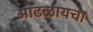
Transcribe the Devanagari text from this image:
आढळायचा